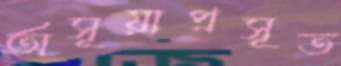
অসূয়াপ্রসূত